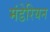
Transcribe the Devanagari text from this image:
मंडेरियन